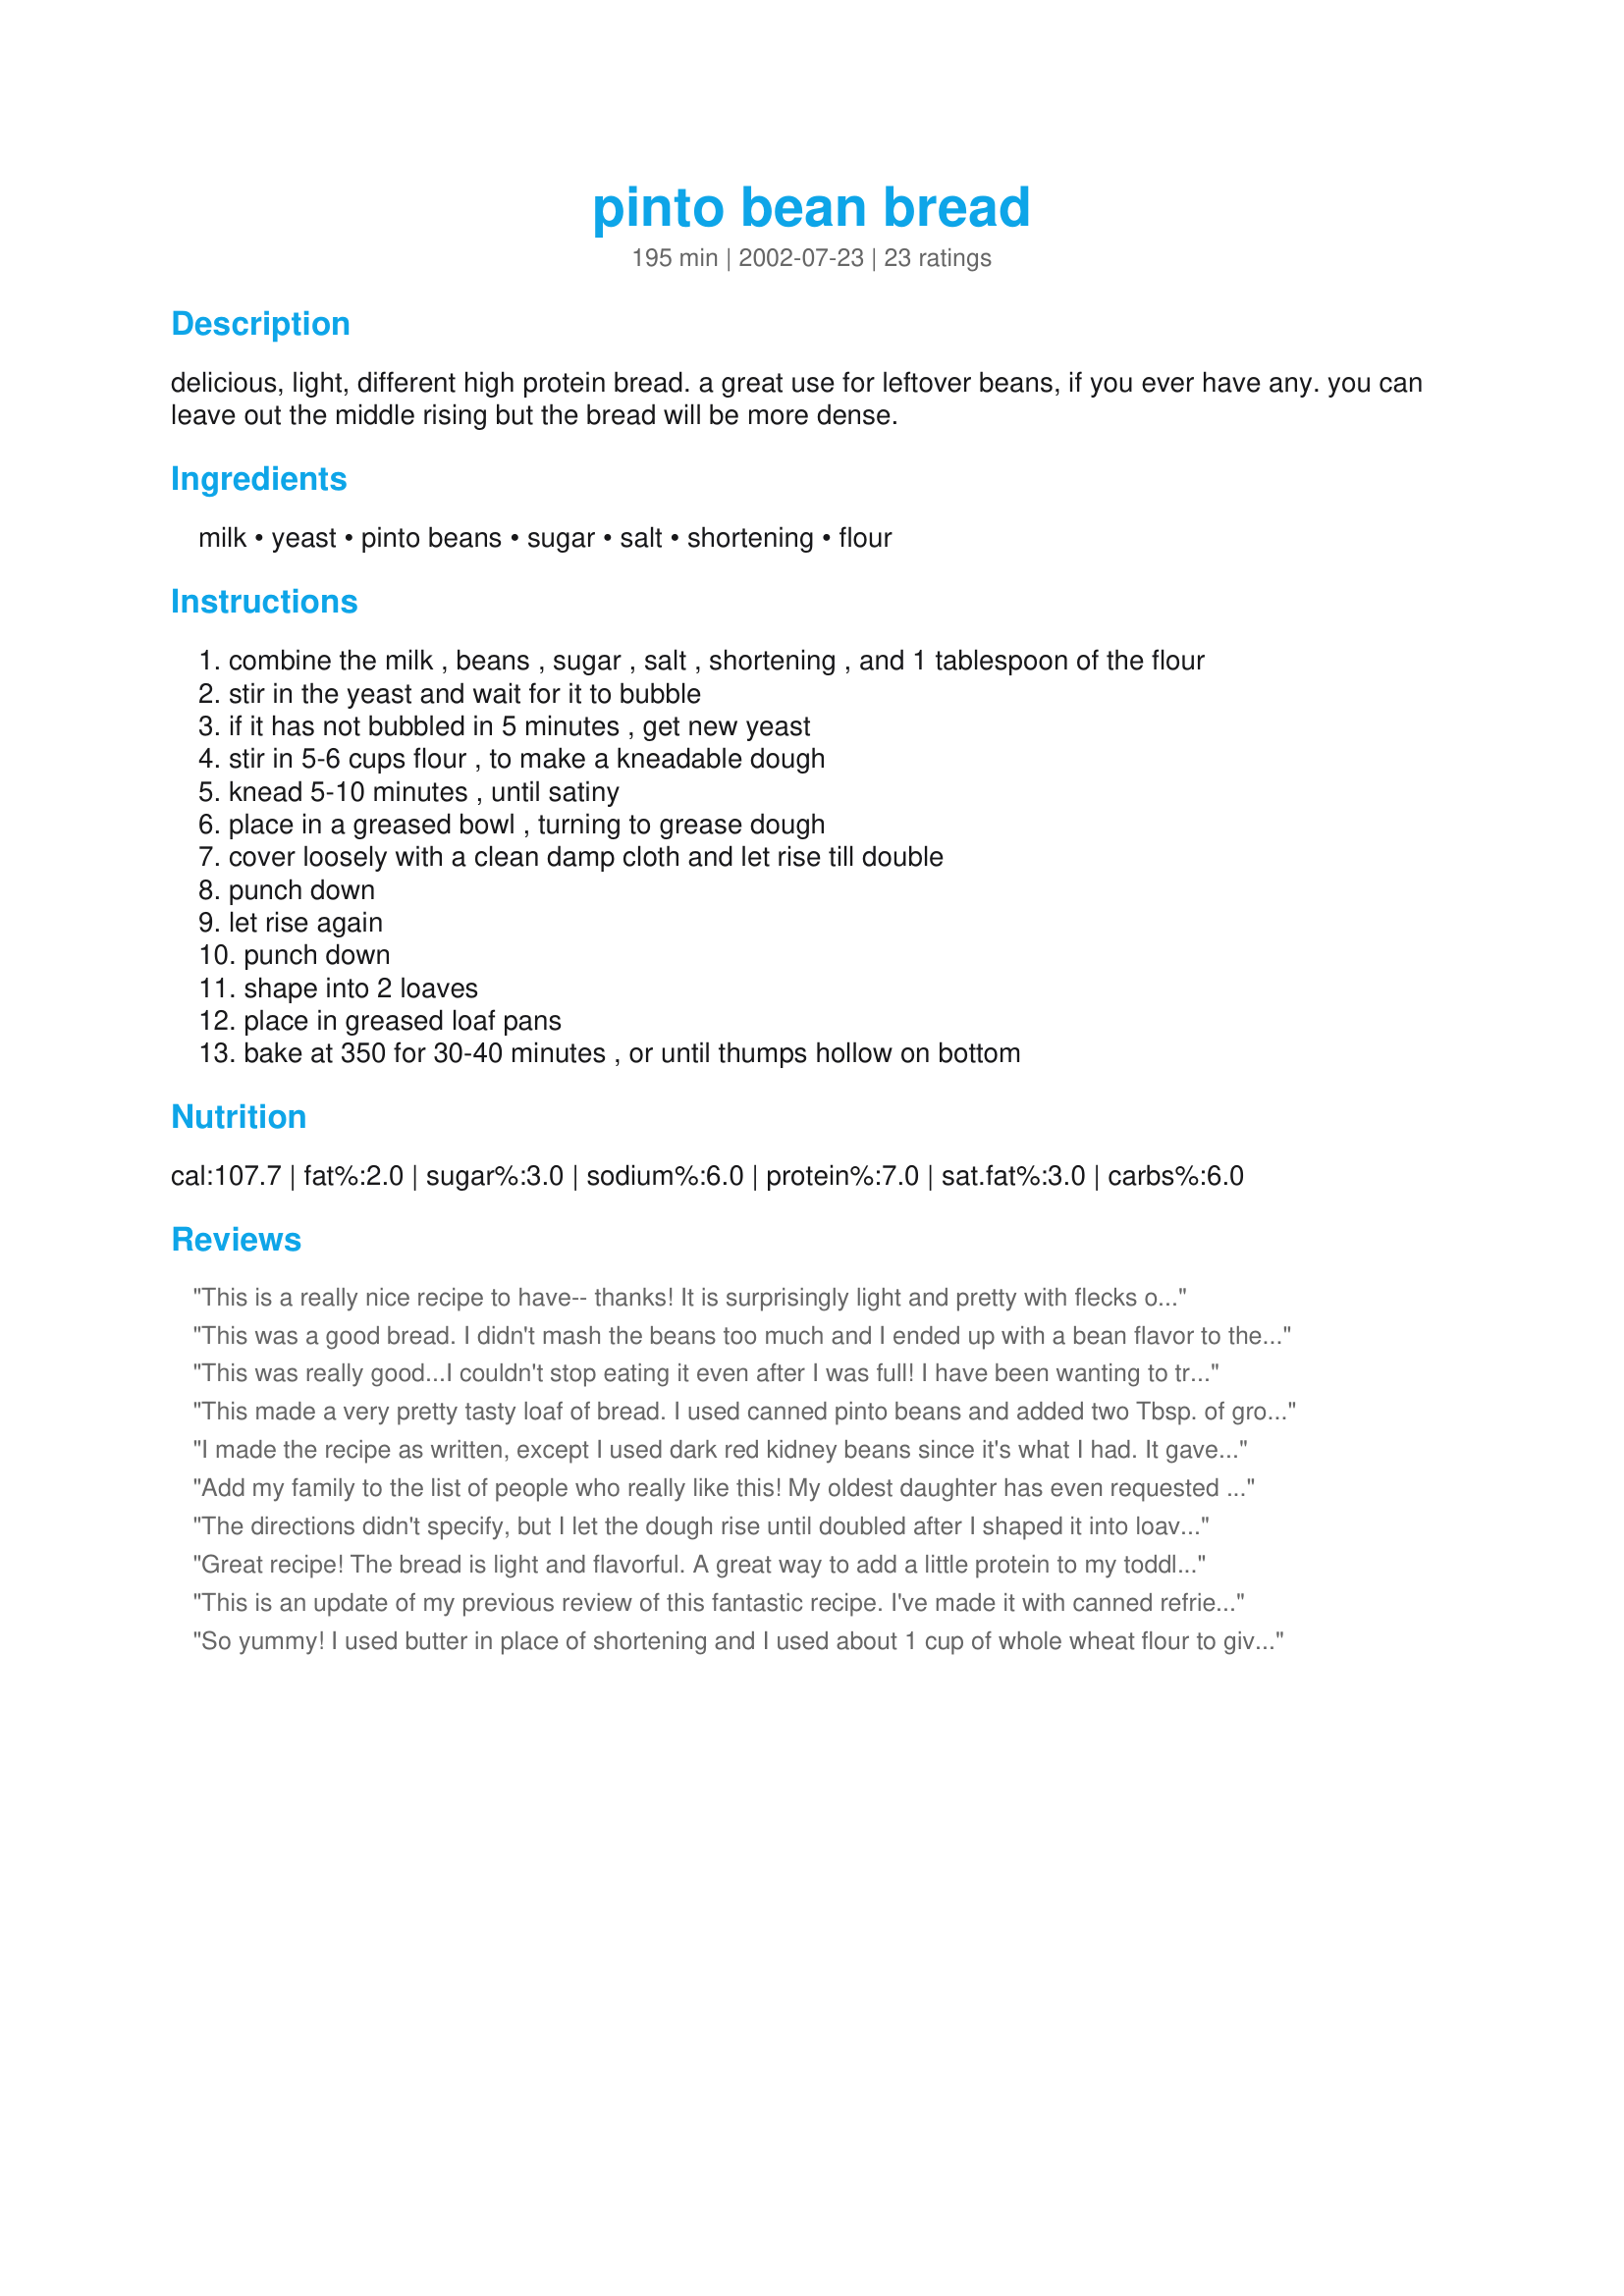
pinto bean bread
Preparation time: 195 minutes

delicious, light, different high protein bread. a great use for leftover beans, if you ever have any. you can leave out the middle rising but the bread will be more dense.

Ingredients:
milk, yeast, pinto beans, sugar, salt, shortening, flour

Steps:
combine the milk , beans , sugar , salt , shortening , and 1 tablespoon of the flour
stir in the yeast and wait for it to bubble
if it has not bubbled in 5 minutes , get new yeast
stir in 5-6 cups flour , to make a kneadable dough
knead 5-10 minutes , until satiny
place in a greased bowl , turning to grease dough
cover loosely with a clean damp cloth and let rise till double
punch down
let rise again
punch down
shape into 2 loaves
place in greased loaf pans
bake at 350 for 30-40 minutes , or until thumps hollow on bottom

Reviews:
This is a really nice recipe to have-- thanks! It is surprisingly light and pretty with flecks of bean skins (I used pressure cooked mashed pinto beans.) I made two batches, the first I used as wrapping for krautburgers and it was perfect. The second time, I halved it and adapted it to the bread machine. It worked great and it has absolutely no "beany" flavor, so you can use it for sweeter sandwiches like peanut butter and jelly or cinnamon toast. It keeps well, too!
This was a good bread. I didn't mash the beans too much and I ended up with a bean flavor to the bread, to my enjoyment of course. I felt it gave the bread a flavor of its own. I also made one giant loaf and was able to get away with using one package of yeast after heating up the mixture a bit so that it was warm to the touch. I think it might have helped with the dough rising. Thanks!
This was really good...I couldn't stop eating it even after I was full! I have been wanting to try it for awhile b/c I often have leftover pintos when I make them for my family & for the shear fact that it is an interesting sounding recipe. Like another reviewer anytime I mentioned "Pinto bean bread" I got snurled noses. Finally, I tried it & waited to tell the fam what was in it. So glad I did! The bread does not taste like pintos (even though I season mine...which I was a little worried about). It tastes like a light, yummy, homemade bread...similar to yeast bread w/o the strong "yeasty"-taste. The only change I made was I let the bread rise in the pans before baking (for a total of 3 rises). I got one good-sz loaf, one smaller loaf, & 6 rolls I plan to use for hamburgers tonight. Thank you for an interesting and yummy recipe!
This made a very pretty tasty loaf of bread. I used canned pinto beans and added two Tbsp. of ground flax seed. (I like to sneak healthy stuff into my kids diet). Nice and crisp on the outside soft yet fluffy on the inside. I will definately make this again!!
I made the recipe as written, except I used dark red kidney beans since it's what I had. It gave the bread a really pretty (almost pink) color, with red flecks! Like everyone else has said, it is so light, soft, and delicious. I halved the recipe to make one loaf to try it out, but now of course I wish I had made two right away. Thank you!
Add my family to the list of people who really like this! My oldest daughter has even requested I make it again - and she normally HATES beans. I also used refried beans and it turned out very nicely.
The directions didn't specify, but I let the dough rise until doubled after I shaped it into loaves and put it in the pans. It didn't dome up like I expected, but then again I used half whole wheat flour and I think that might have made it a little too heavy. The taste is great, and the texture is very fine. Next time I'll just ease up on the whole wheat flour, and I think it'll be perfect. This is a great addition to my bread baking arsenal -something different, that's high in protein and flavor. (posted 8/20/2002)
(Revised 8/22)OKay, I've had a couple of days to fall in love with this bread. It's so tasty and makes fantastic toast. I've been making sandwiches for my husband's lunch with it, and he thinks it's the best bread I've ever made. Thanks for a great recipe!
Great recipe! The bread is light and flavorful. A great way to add a little protein to my toddler's diet! I was a little suprised at the large amount of yeast. It definitely did rise very quickly. We had finished bread much quicker than I anticipated! I think I may cut back a little next time. I made one loaf and used the other half of the dough to make rolls, as some of the other reviewers did. I brushed them with an egg wash before baking and they came out beautifully. Thanks for the great recipe!
This is an update of my previous review of this fantastic recipe. I've made it with canned refried beans and it turns out fabulous. It makes a bread that is light and soft and tastes delicious. My family is more partial to white bread so I tried it with canned navy beans and it made the prettiest white bread you've ever seen. Dough is very easy to work with. I generally make 12 jumbo hamburger buns and 4 hogies from the recipe. Love this recipe, Wildheart!!
So yummy! I used butter in place of shortening and I used about 1 cup of whole wheat flour to give it a grainier texture. I made one hand formed loaf, and used the other half of the dough to make rolls. I'm having my second roll now, straight from the oven with butter and I'm in heaven!
When I reviewed this bread the other day, I forgot to rate it! Sorry! It gets a 5-star rating from me! Again, it is delicious and the texture is wonderful! Thank you!
Awesome bread! It is terrific and my DH couldn't eat it fast enough.
AWESOME! AWESOME! AWESOME!!! This is a great bread. I lower the milk to one cup and replaced it with one cup of water and used butter beans (leftover) but will DEFINATELY make again. This is going to become my go-to bread recipe! Thanks for sharing!!!!!
Love it. I even used sprouted whole what flour and it was great. I love the idea of the complete protein. My husband HATES beans, but likes this bread.
This was my first attempt at making anything with yeast in it. I was pleasantly surprised by the flavor. The only change I would make next time is to let the dough rise again in the pans before baking.
This is a tasty bread and it makes great toast.
This is a wonderful bread. It has the texture of a wheat berry bread that I love. Everyone in my family gobbled it up. I will certainly be making this again.
My daughter made this bread for Sunday dinner and it is one of the best tasting home made breads I have tasted. It has a great flavor. I will definately try this one
I've been wanting to make this recipe.But, everytime I mention Pinto Beans my family talks me into making Italian bread instead. Well, today I made it. And was glad I did. I used a can of refried beans.And let it rise twice..Otherwise no changes from the recipe..The bread was wonderful tasting( no bean taste at all) and was so light and airy. I did butter the tops of the loaves when I removed them to cool.The loaves have a great color to the,from the beans. My DH said he thought I made wheat bread, almost same color..I recommend this recipe highly. I know I will make it often. Thank U so much for this great recipe.....
Pretty good. Very nice toasted, not so great for sandwiches I think. Three rise times made this an all day affair to make, so I probably won't bother unless I have a lot of beans I need to get rid of.
I went in to this assuming the bread would be dense because of the beans. Boy was I wrong! Very light and good. I made 1/2 of it into hot dog buns (baked for 15 min at 375). My variations: used veggie oil instead of shortening and weighed my flour. I used 1 1/2 pounds of bread flour & a little bit of ground flax seed (included in weight measurement). I wonder if you could just used a can of refried beans. Maybe I will try that next time. Thanks for the great recipe!
Loved the bread. It was light & moist. I cut it in half and put it in my bread machine on dough cycle then shaped it and baked it in my own oven ( I just hate the shape of those bread machine loaves.) Anyway, I didn't want my 15 year old daughter, who is extreamly picky, to know that it had beans in it, but it slipped out of my mouth and to my supprise it didn't make any difference to her, it was so good. I cooked a one pound bag of dry pinto beans and used the rest to make chili. Thanks!
We love this recipe. Makes great
buns too.
